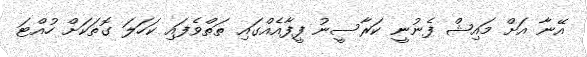
އޭނާ އަަށް މައިޝް ފެނުނީ ކަރާސީނު ފީފާއެއްގައި ތަތްވެފައި ކަހަލަ ގޮތަކަށް ހުއްޓަ